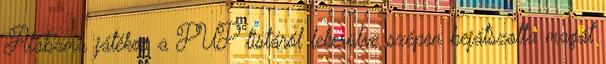
Alabama játékos a PUP listáról lekerülve szépen bejátszotta magát